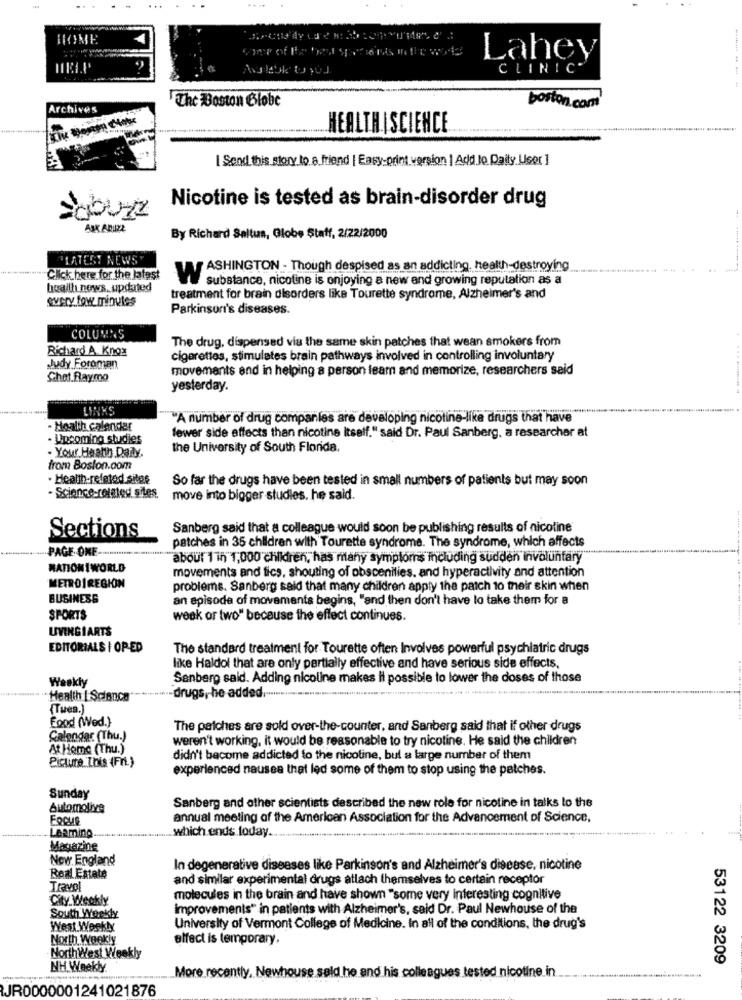
HOME
Lahey
CLINIC'
The Boston Globe
Archives
boston.com
HEALTHISCIENCE
I Send this story to a friend | Easy-print version | Add Jo Daily User ]
Nicotine is tested as brain-disorder drug
By Richard Saltus, Globe Staff, 2/22/2000
LATEST NEWSY
ASHINGTON - Though despised as an addicting, health-destroying
-Click here for the latest
substance, nicotine is enjoying a new and growing reputation as a
health news, updated
every few minutes
treatment for brain disorders like Tourette syndrome, Alzheimer's and
Parkinson's diseases.
COLUMNS
The drug, dispensed via the same skin patches that wean smokers from
Richard A Knox
cigarettes, stimulates brain pathways involved in controlling involuntary
Judy Foroman
movements and in helping a person leam and memorize, researchers said
Chet.Raymo
yesterday.
LINKS
"A number of drug companies are developing nicotine-like drugs that have
. Hoalth calender
fewer side effects than nicotine Itself." said Dr. Paul Sanberg, a researcher at
· Upcoming studies
the University of South Florida.
- Your Health Daily.
from Boston.com
. Health-related.siles
So far the drugs have been tested in small numbers of patients but may soon
- Science-related sites.
move into bigger studies. he said.
Sections
Sanberg said that a colleague would soon be publishing results of nicotine
patches in 35 children with Tourette syndrome. The syndrome, which affects
PAGE ONE
"about 1 1h 1,000 children, has many symptoms including sudden involuntary
MATIONI WORLD
movements and fics, shouting of obscenities, and hyperactivity and attention
METROIREGION
problems. Sanberg said that many children apply the patch 10 their skin when
BUSINESS
an episode of movements begins, "and then don't have lo take them for a
SPORTS
week or two" because the effect continues.
UVINGIARTS
EDITORIALS I OP-ED
The standard treatment for Tourette often Involves powerful psychiatric drugs
like Haldol that are only partially effective and have serious side effects,
Weekly
Senberg sald. Adding nicoline makes il possible to lower the doses of those
.. " Health | Science
drugs, he added ...
(Tues.)
Food (Wed.}
The patches are sold over-the-counter, and Sanberg said that if other drugs
Calendar (Thu.)
weren't working, it would be reasonable to try nicotine. He said the children
At Home (Thu.)
Picture This (Fr.)
didn't become addicted to the nicoline, but a large number of them
experienced nausea that led some of them to stop using the patches.
Sunday
Sanberg and other scientists described the new role for nicotine in talks to the
Automotive
annual meeting of the American Association for the Advancement of Science,
......... which ends today ..
Learning ..
Magazine
New England
In degenerative diseases like Parkinson's and Alzheimer's disease, nicotine
Real Estate
and similar experimental drugs atlach themselves to certain receptor
Travol
City Weekly
molecules in the brain and have shown "some very interesting cognitive
improvements" in patients with Alzheimer's, said Dr. Paul Newhouse of the
South Weekly
West Weekly
University of Vermont College of Medicine. In all of the conditions, the drug's
North Weekly
effect is temporary,
NorthWest Weekly
53122 3209
NH Weekly
More recently, Newhouse sald he and his colleagues tested nicotine. in.
JR0000001241021876